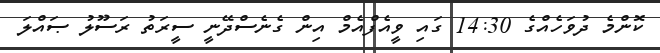
ކޮންމެ ދުވަހެއްގެ 14:30 ގައި ވީއެފްއެމް އިން ގެނެސްދޭނީ ސީރަތު ރަސޫލު ޞައްލަ